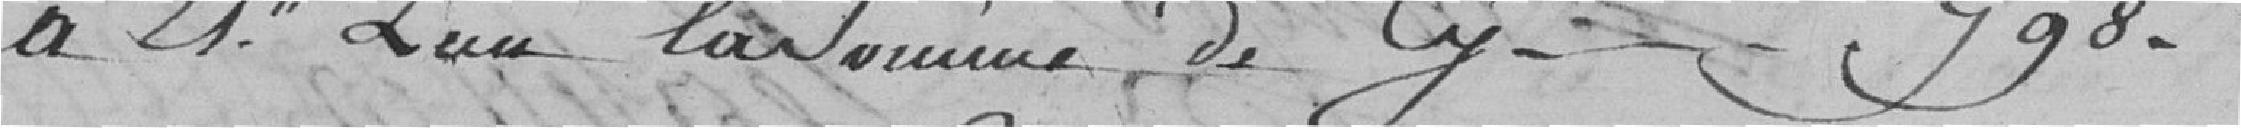
à 21h l'un la somme de cy 798